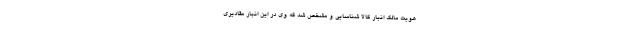
هویت مالک انبار کالا شناسایی و مشخص شد که وی در این انبار مقادیری